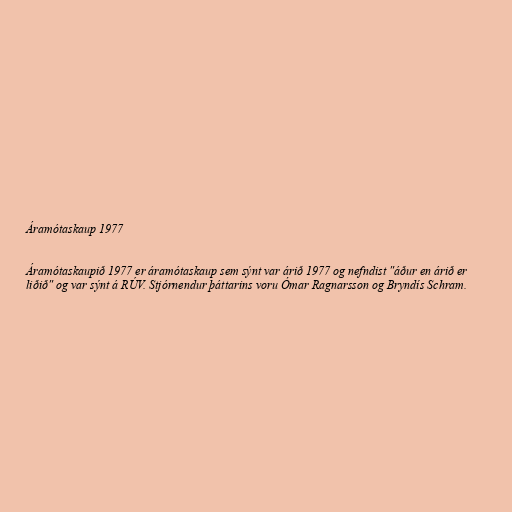
Áramótaskaup 1977

Áramótaskaupið 1977 er áramótaskaup sem sýnt var árið 1977 og nefndist "áður en árið er
liðið" og var sýnt á RÚV. Stjórnendur þáttarins voru Ómar Ragnarsson og Bryndís Schram.